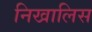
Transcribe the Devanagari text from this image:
निखालिस